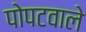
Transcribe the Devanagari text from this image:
पोपटवाले